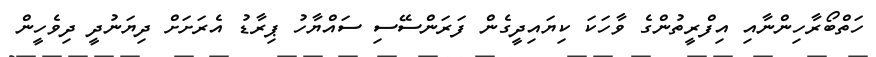
ހަތްބޯރާހިންނާއި އިފްރީތުންގެ ވާހަކަ ކިޔައިދީގެން ފަރަންސޭސި ސައްޔާހު ޕިރާޑު އެރަށަށް ދިޔަނުދީ ދިވެހީން